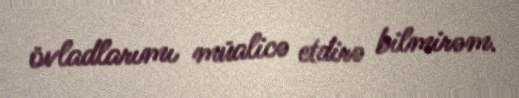
övladlarımı müalicə etdirə bilmirəm.